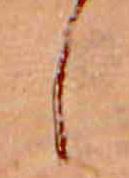
し